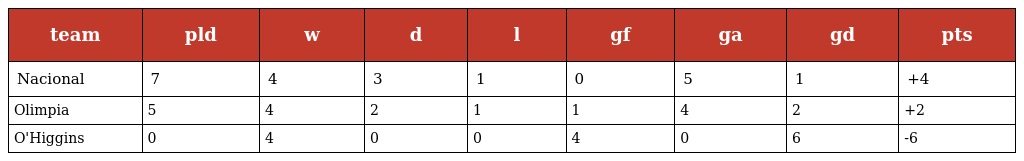
| team | pld | w | d | l | gf | ga | gd | pts |
 | --- | --- | --- | --- | --- | --- | --- | --- | --- |
 | Nacional | 7 | 4 | 3 | 1 | 0 | 5 | 1 | +4 |
 | Olimpia | 5 | 4 | 2 | 1 | 1 | 4 | 2 | +2 |
 | O'Higgins | 0 | 4 | 0 | 0 | 4 | 0 | 6 | -6 |